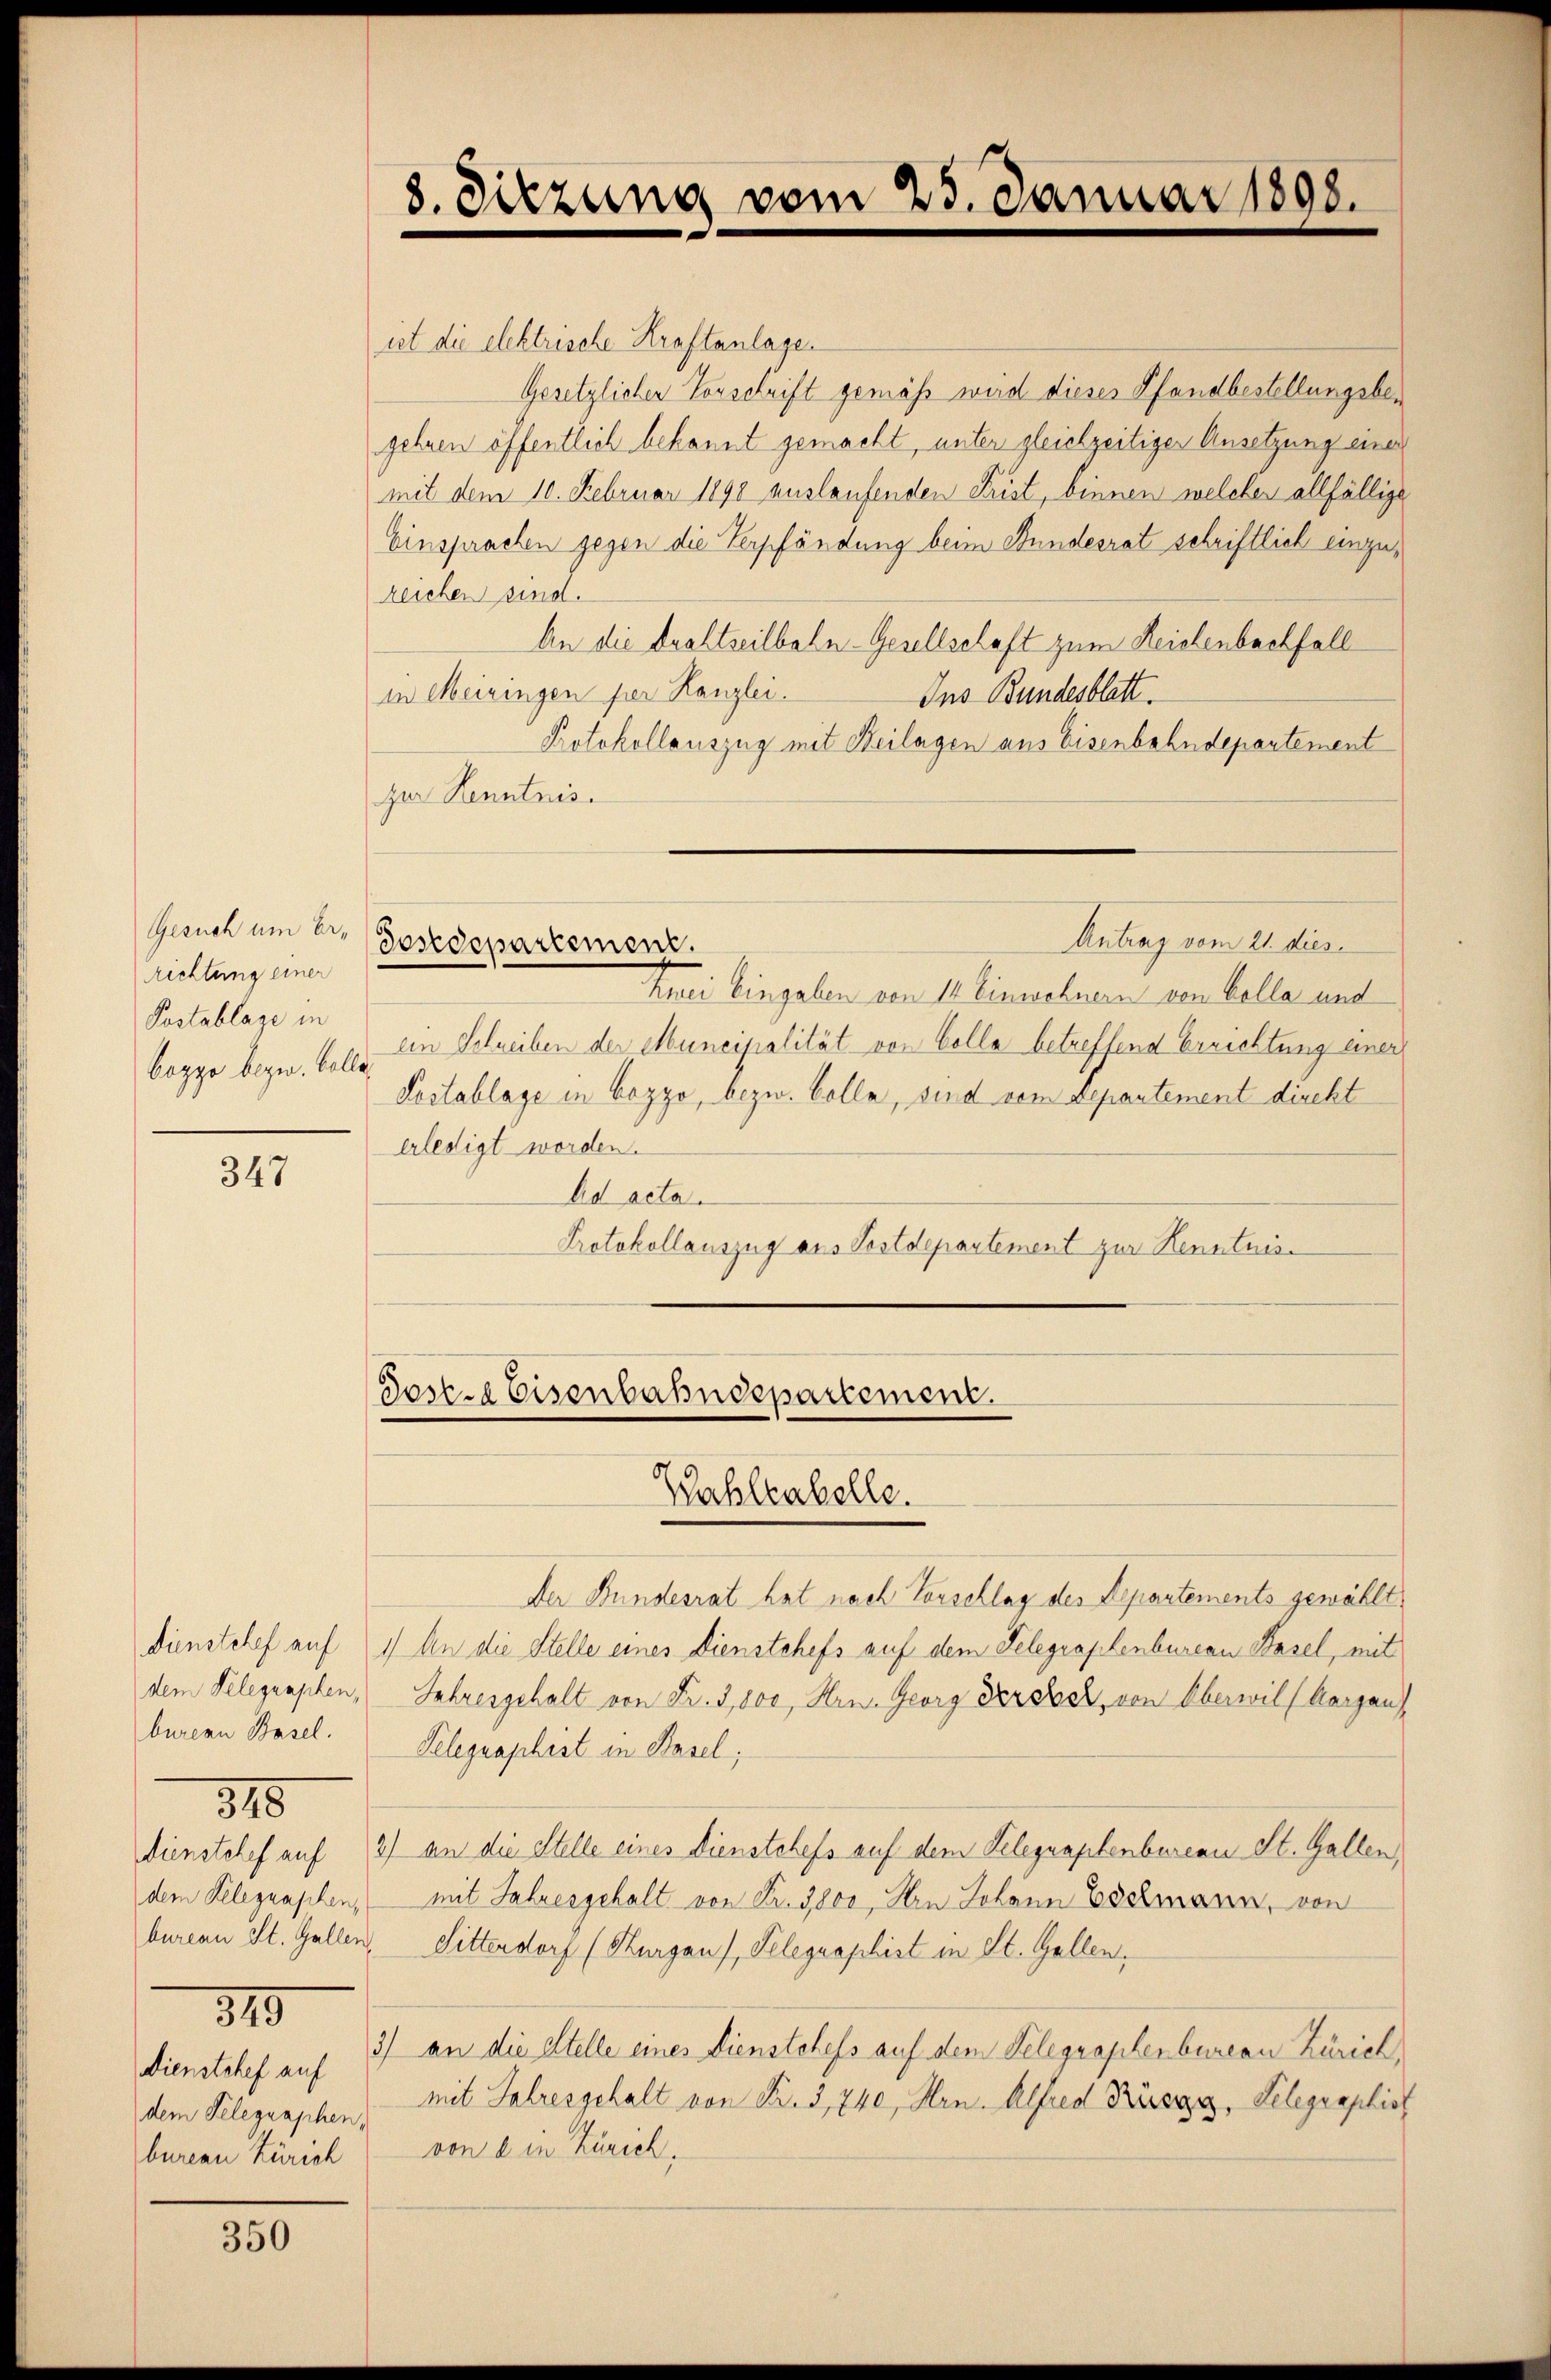
Gesuch um be¬
Richtung einer
Postablage in
bozzo bezw. Bolle,

347

dem Telegraphen,
burenn Basel.
318
dem Telegraphen,
349
Dienstchef auf
dem Telegraphen,
bureau Zürich

350

ist die elektrische Kraftanlage.
Gesetzlicher Vorschrift gemäß wird dieses Pfandbestellungsbegehren öffentlich bekannt gemacht, unter gleichzeitiger Ansetzung einer
mit dem 10. Februar 1890 auslaufenden Frist, binnen welcher allfällige
Einsprachen gegen die Verpfändung beim Bundesrat schriftlich einzuzeichen sind.
An die Drahtseilbaln-Gesellschaft zum Reisenbachfall
in Meiringen per Kanzlei.
Ins Bundesblatt.
Protokollauszug mit Beilagen aus Eisenbahndepartement
zur Kenntnis.

8. Sitzung vom 25. Januar 1898.

Kmei Eingaben von 14. Einwohnern von Kolla und
ein Schreiben der Muncipalität von Colla betreffend Errichtung einer
Pestablage in Bozzo, bezw. Colle, sind vom Departement direkt
erledigt worden.
Ad acta.
Protokollauszug aus Postdepartement zur Kenntnis

Antrag vom 21. dies
Geredepartement.

Deser Eisenbahndepartement.
Wahleabelle.

Der Bundesrat hat nach Vorschlag des Departements gewählt.
dienstchef auf 1 An die Stelle eines Dienstchefs auf dem Telegraphenbureau Basel, mit
Jahresgehalt von Fr. 3,800, Hrn. Georg Derseck, von Oberwil (Aargau
Telegraphist in Basel;
dienstehef auf 2) an die Stelle eines Dienstchefs auf dem Selegraphenbureau St. Gallen,
mit Jahresgehalt von Fr. 3800, Arn Johann Eschmann, von
bureau St. Gallen, Sittendorf (Thurgau, Telegraphist in St. Gallen,
3) an die Stelle eines Dienstchefs auf dem Telegraphenbureau Zürich,
mit Jahresgehalt von Nr. 3, 740, Hrn. Alfred Rüegg, Telegraphist
von d in Zürich.